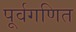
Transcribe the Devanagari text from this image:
पूर्वगणित